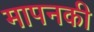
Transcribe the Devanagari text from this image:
मापनकी